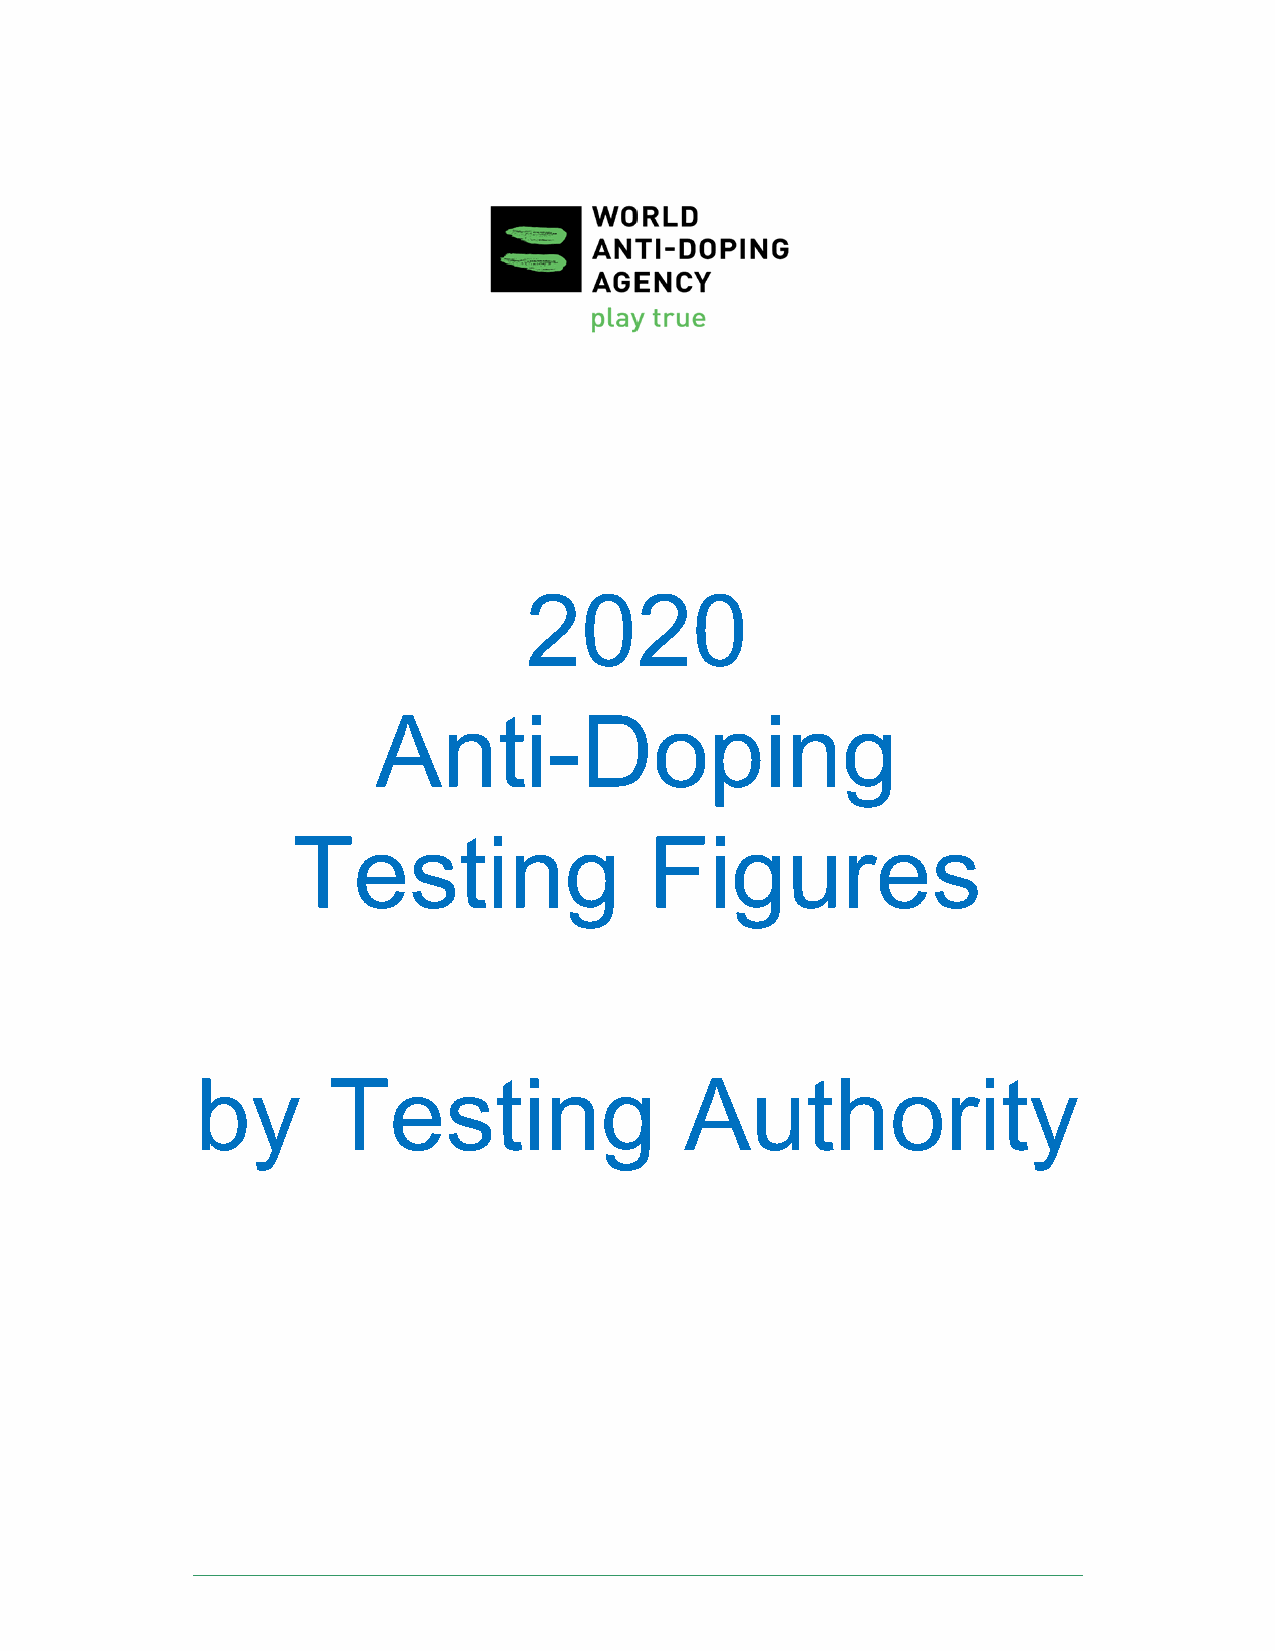
2020
 Anti-Doping
 Testing                 Figures
 by       Testing                Authority
 ____________________________________________________________________________________